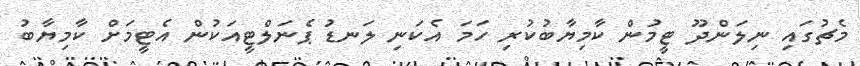
މެޗުގައި ނިލަންދޫ ޓީމުން ކާމިޔާބުކުރި ހަމަ އެކަނި ލަނޑު ޕެނަލްޓީއަކުން އެޓީމަށް ކާމިޔާބު